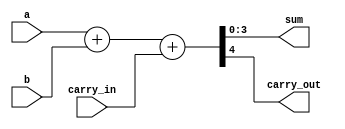
module adder_4bit_behavioral(
    input [3:0] a,
    input [3:0] b,
    input carry_in,
    output [3:0] sum,
    output carry_out
);

    assign {carry_out, sum} = a + b + carry_in; // doesn't carer bout how to do it and will leave it for sythesis

endmodule